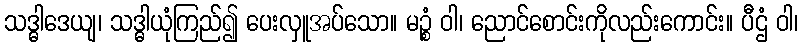
သဒ္ဓါဒေယျ၊ သဒ္ဓါယုံကြည်၍ ပေးလှူအပ်သော။ မဉ္စံ ဝါ၊ ညောင်စောင်းကိုလည်းကောင်း။ ပီဌံ ဝါ၊